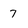
Character: 7